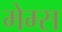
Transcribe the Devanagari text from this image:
मेम्स